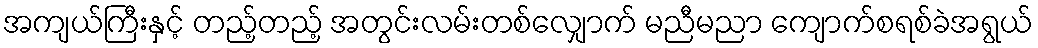
အကျယ်ကြီးနှင့် တည့်တည့် အတွင်းလမ်းတစ်လျှောက် မညီမညာ ကျောက်စရစ်ခဲအရွယ်